Report on horse surra - Volume I
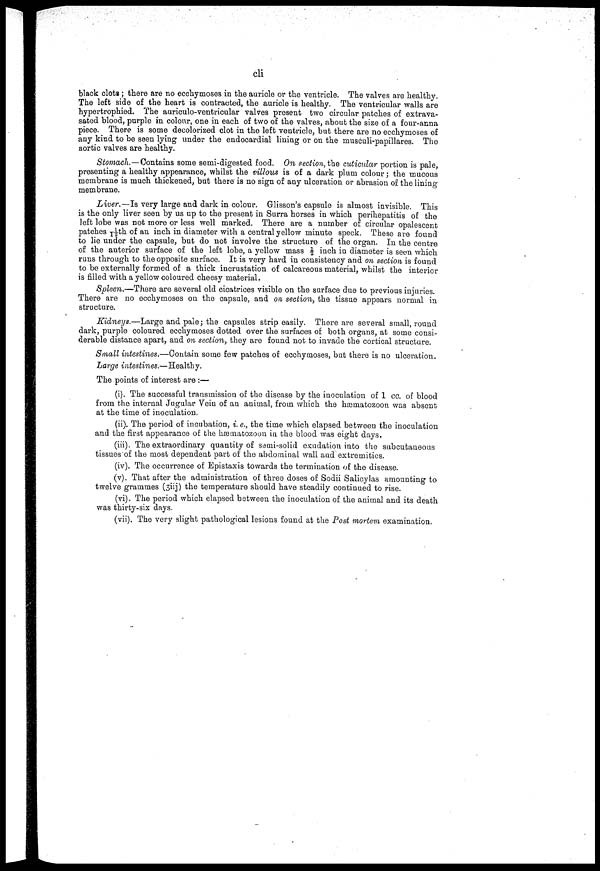
cli
black clots ; there are no ecchymoses in the auricle or the ventricle. The valves are healthy.
The left side of the heart is contracted, the auricle is healthy. The ventricular walls are
hypertrophied. The auriculo-ventricular valves present two circular patches of extrava-
sated blood, purple in colour, one in each of two of the valves, about the size of a four-anna
piece. There is some decolorized clot in the left ventricle, but there are no ecchymoses of
any kind to be seen lying under the endocardial lining or on the musculi-papillares. The
aortic valves are healthy.
Stomach. — Contains some semi-digested food. On section, the cuticular portion is pale,
presenting a healthy appearance, whilst the villous is of a dark plum colour; the mucous
membrane is much thickened, but there is no sign of any ulceration or abrasion of the lining
membrane.
Liver.—Is very large and dark in colour. Glisson's capsule is almost invisible. This
is the only liver seen by us up to the present in Surra horses in which perihepatitis of the
left lobe was not more or less well marked. There are a number of circular opalescent
patches 1/12th of an inch in diameter with a central yellow minute speck. These are found
to lie under the capsule, but do not involve the structure of the organ. In the centre
of the anterior surface of the left lobe, a yellow mass ½ inch in diameter is seen which
runs through to the opposite surface. It is very hard in consistency and on section is found
to be externally formed of a thick incrustation of calcareous material, whilst the interior
is filled with a yellow coloured cheesy material.
Spleen.—There are several old cicatrices visible on the surface due to previous injuries.
There are no ecchymoses on the capsule, and on section, the tissue appears normal in
structure.
Kidneys.—Large and pale; the capsules strip easily. There are several small, round
dark, purple coloured ecchymoses dotted over the surfaces of both organs, at some consi-
derable distance apart, and on section, they are found not to invade the cortical structure.
Small intestines.—Contain some few patches of ecchymoses, but there is no ulceration.
Large intestines.—Healthy.
The points of interest are :—
(i). The successful transmission of the disease by the inoculation of 1 cc. of blood
from the internal Jugular Vein of an animal, from which the hæmatozoon was absent
at the time of inoculation.
(ii). The period of incubation, i. e., the time which elapsed between the inoculation
and the first appearance of the hæmatozoon in the blood was eight days.
(iii). The extraordinary quantity of semi-solid exudation into the subcutaneous
tissues of the most dependent part of the abdominal wall and extremities.
(iv). The occurrence of Epistaxis towards the termination of the disease.
(v). That after the administration of three doses of Sodii Salicylas amounting to
twelve grammes (3iij) the temperature should have steadily continued to rise.
(vi). The period which elapsed between the inoculation of the animal and its death
was thirty-six days.
(vii). The very slight pathological lesions found at the Post mortem examination.